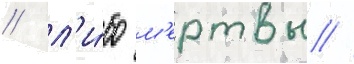
/ л'и́бо м'ертвы //